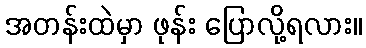
အတန်းထဲမှာ ဖုန်း ပြောလို့ရလား။